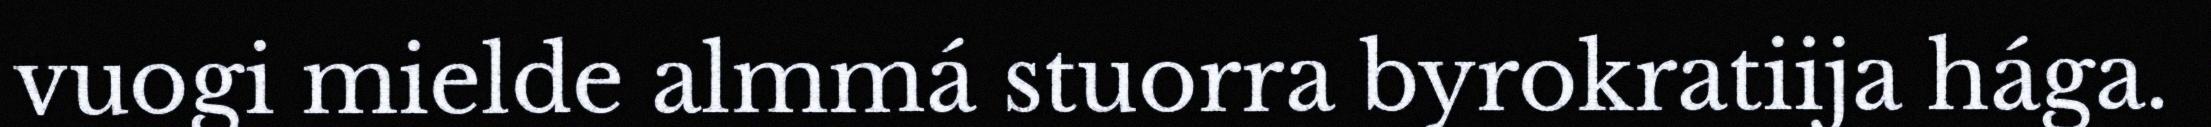
vuogi mielde almmá stuorra byrokratiija hága.